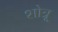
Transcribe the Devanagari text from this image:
शोत्रू